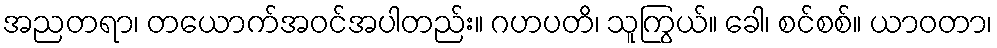
အညတရာ၊ တယောက်အဝင်အပါတည်း။ ဂဟပတိ၊ သူကြွယ်။ ခေါ၊ စင်စစ်။ ယာဝတာ၊